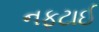
નફટાઈ